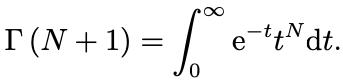
\[\Gamma(N + 1) = \int_{0}^{\infty} \mathrm{e}^{-t} t^{N} \mathrm{d}t.\]